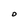
Character: D